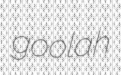
goolah